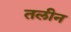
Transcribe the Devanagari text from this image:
तलीन